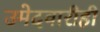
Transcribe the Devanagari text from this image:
उमेदवारीही